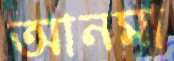
আনমা